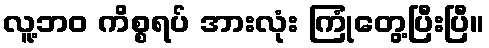
လူ့ဘဝ ကိစ္စရပ် အားလုံး ကြုံတွေ့ပြီးပြီ။